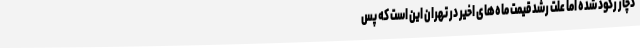
دچار رکود شده اما علت رشد قیمت ماه‌های اخیر در تهران این است که پس